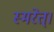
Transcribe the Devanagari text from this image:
स्मरेत्‌।